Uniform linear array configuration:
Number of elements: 48
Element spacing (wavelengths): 0.25
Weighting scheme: cosine
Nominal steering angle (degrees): -15
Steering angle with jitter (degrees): -13.154
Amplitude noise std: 0.05
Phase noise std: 0.05

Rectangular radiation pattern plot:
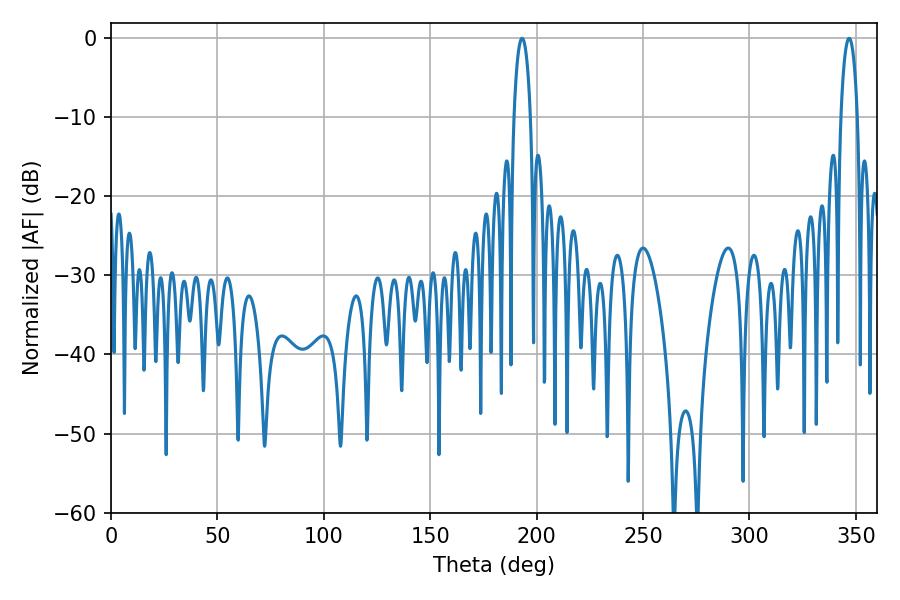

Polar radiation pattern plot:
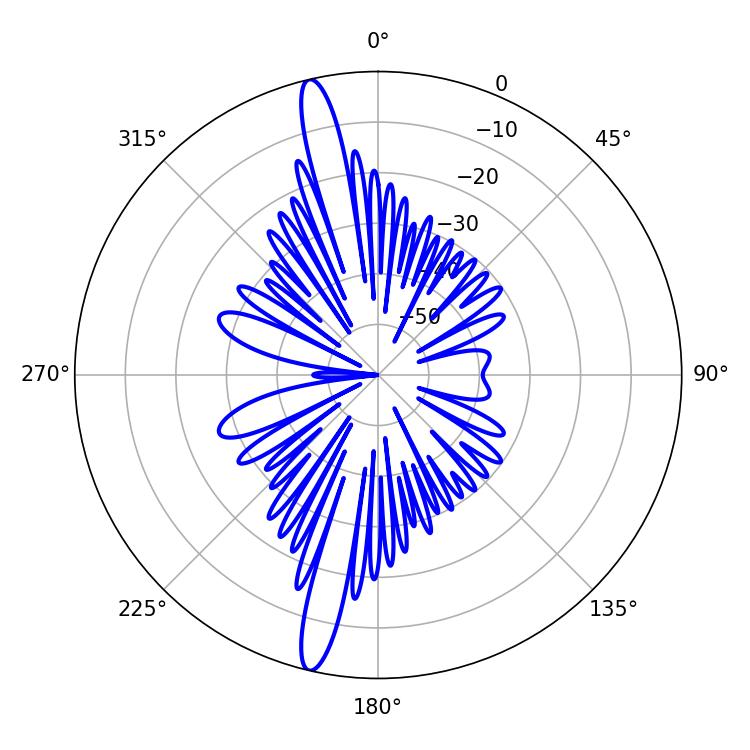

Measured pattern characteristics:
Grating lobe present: FALSE
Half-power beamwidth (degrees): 4.32
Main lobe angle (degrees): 193.14